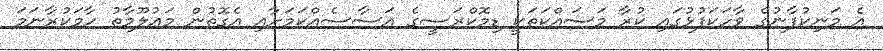
އެ މަނިކުފާނުގެ ވާހަކަފުޅުގައި ކުރާ މަސައްކަތަކީ ޑިމޮކްރަސީގެ އަސާސެއްކަމަށާއި އެގޮތުން މަޢުލޫމާތު ހާމަކުރާނަމަ